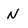
Character: N